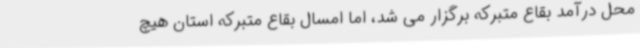
محل درآمد بقاع متبرکه برگزار می شد، اما امسال بقاع متبرکه استان هیچ